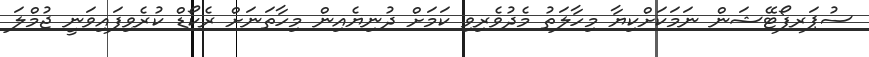
ސުޕަރފޯޓޭޝަން ނަމަކަށްކިޔާ މިހާލަތު މެދުވެރިވި ކަމަށް ދުނިޔެއިން މިހާތަނަށް ރެކޯޑް ކުރެވިފައިވަނީ ޖުމްލަ